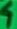
Text: 4